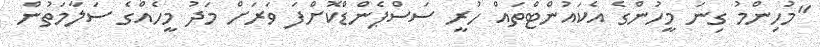
"މުހިންމު ގިނަ މީހުންގެ އެކައުންޓްތައް ހުރީ ސަސްޕެންޑްކޮށްފަ ވަރަށް މަދު މީހެއްގެ ސަލާމަތުން